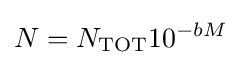
N=N_{\mathrm {TOT} }10^{-bM}\